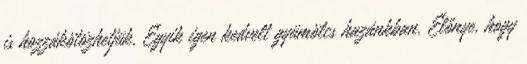
is hozzákötözhetjük. Egyik igen kedvelt gyümölcs hazánkban. Előnye, hogy